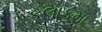
કલાકમા